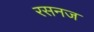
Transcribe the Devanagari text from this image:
रसनज